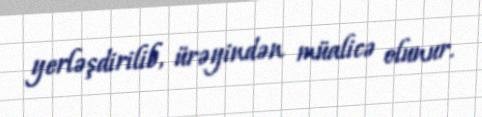
yerləşdirilib, ürəyindən müalicə olunur.